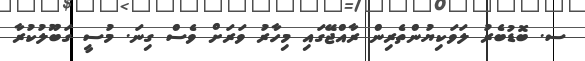
ސ. ބޮޑުބެރު ލަވަކިޔުންތެރިން ރާއްޖޭގައި މިހާރު ވަރަށް ވެސް ގިނަ. މުސީ ގަބޫލުކުރާ